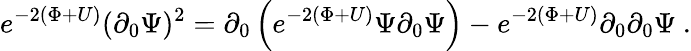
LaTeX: e^{-2\left(\Phi+U\right)}(\partial_{0}\Psi)^{2}=\partial_{0}\left(e^{-2\left(\Phi+U\right)}\Psi\partial_{0}\Psi\right)-e^{-2\left(\Phi+U\right)}\partial_{0}\partial_{0}\Psi\ .